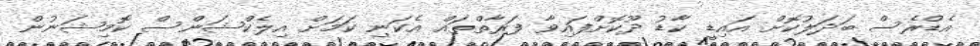
އެޑްރެސް ބަދަލުކޮށް އައިޑީ ކާޑު ދޫކޮށްފައިވާ ފަރާތްތައް އެކަނި ކަމަށް އިލެކްޝަންސް ކޮމިޝަނުން